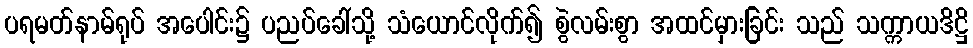
ပရမတ်နာမ်ရုပ် အပေါင်း၌ ပညပ်ခေါ်သို့ သံယောင်လိုက်၍ စွဲလမ်းစွာ အထင်မှားခြင်း သည် သက္ကာယဒိဋ္ဌိ